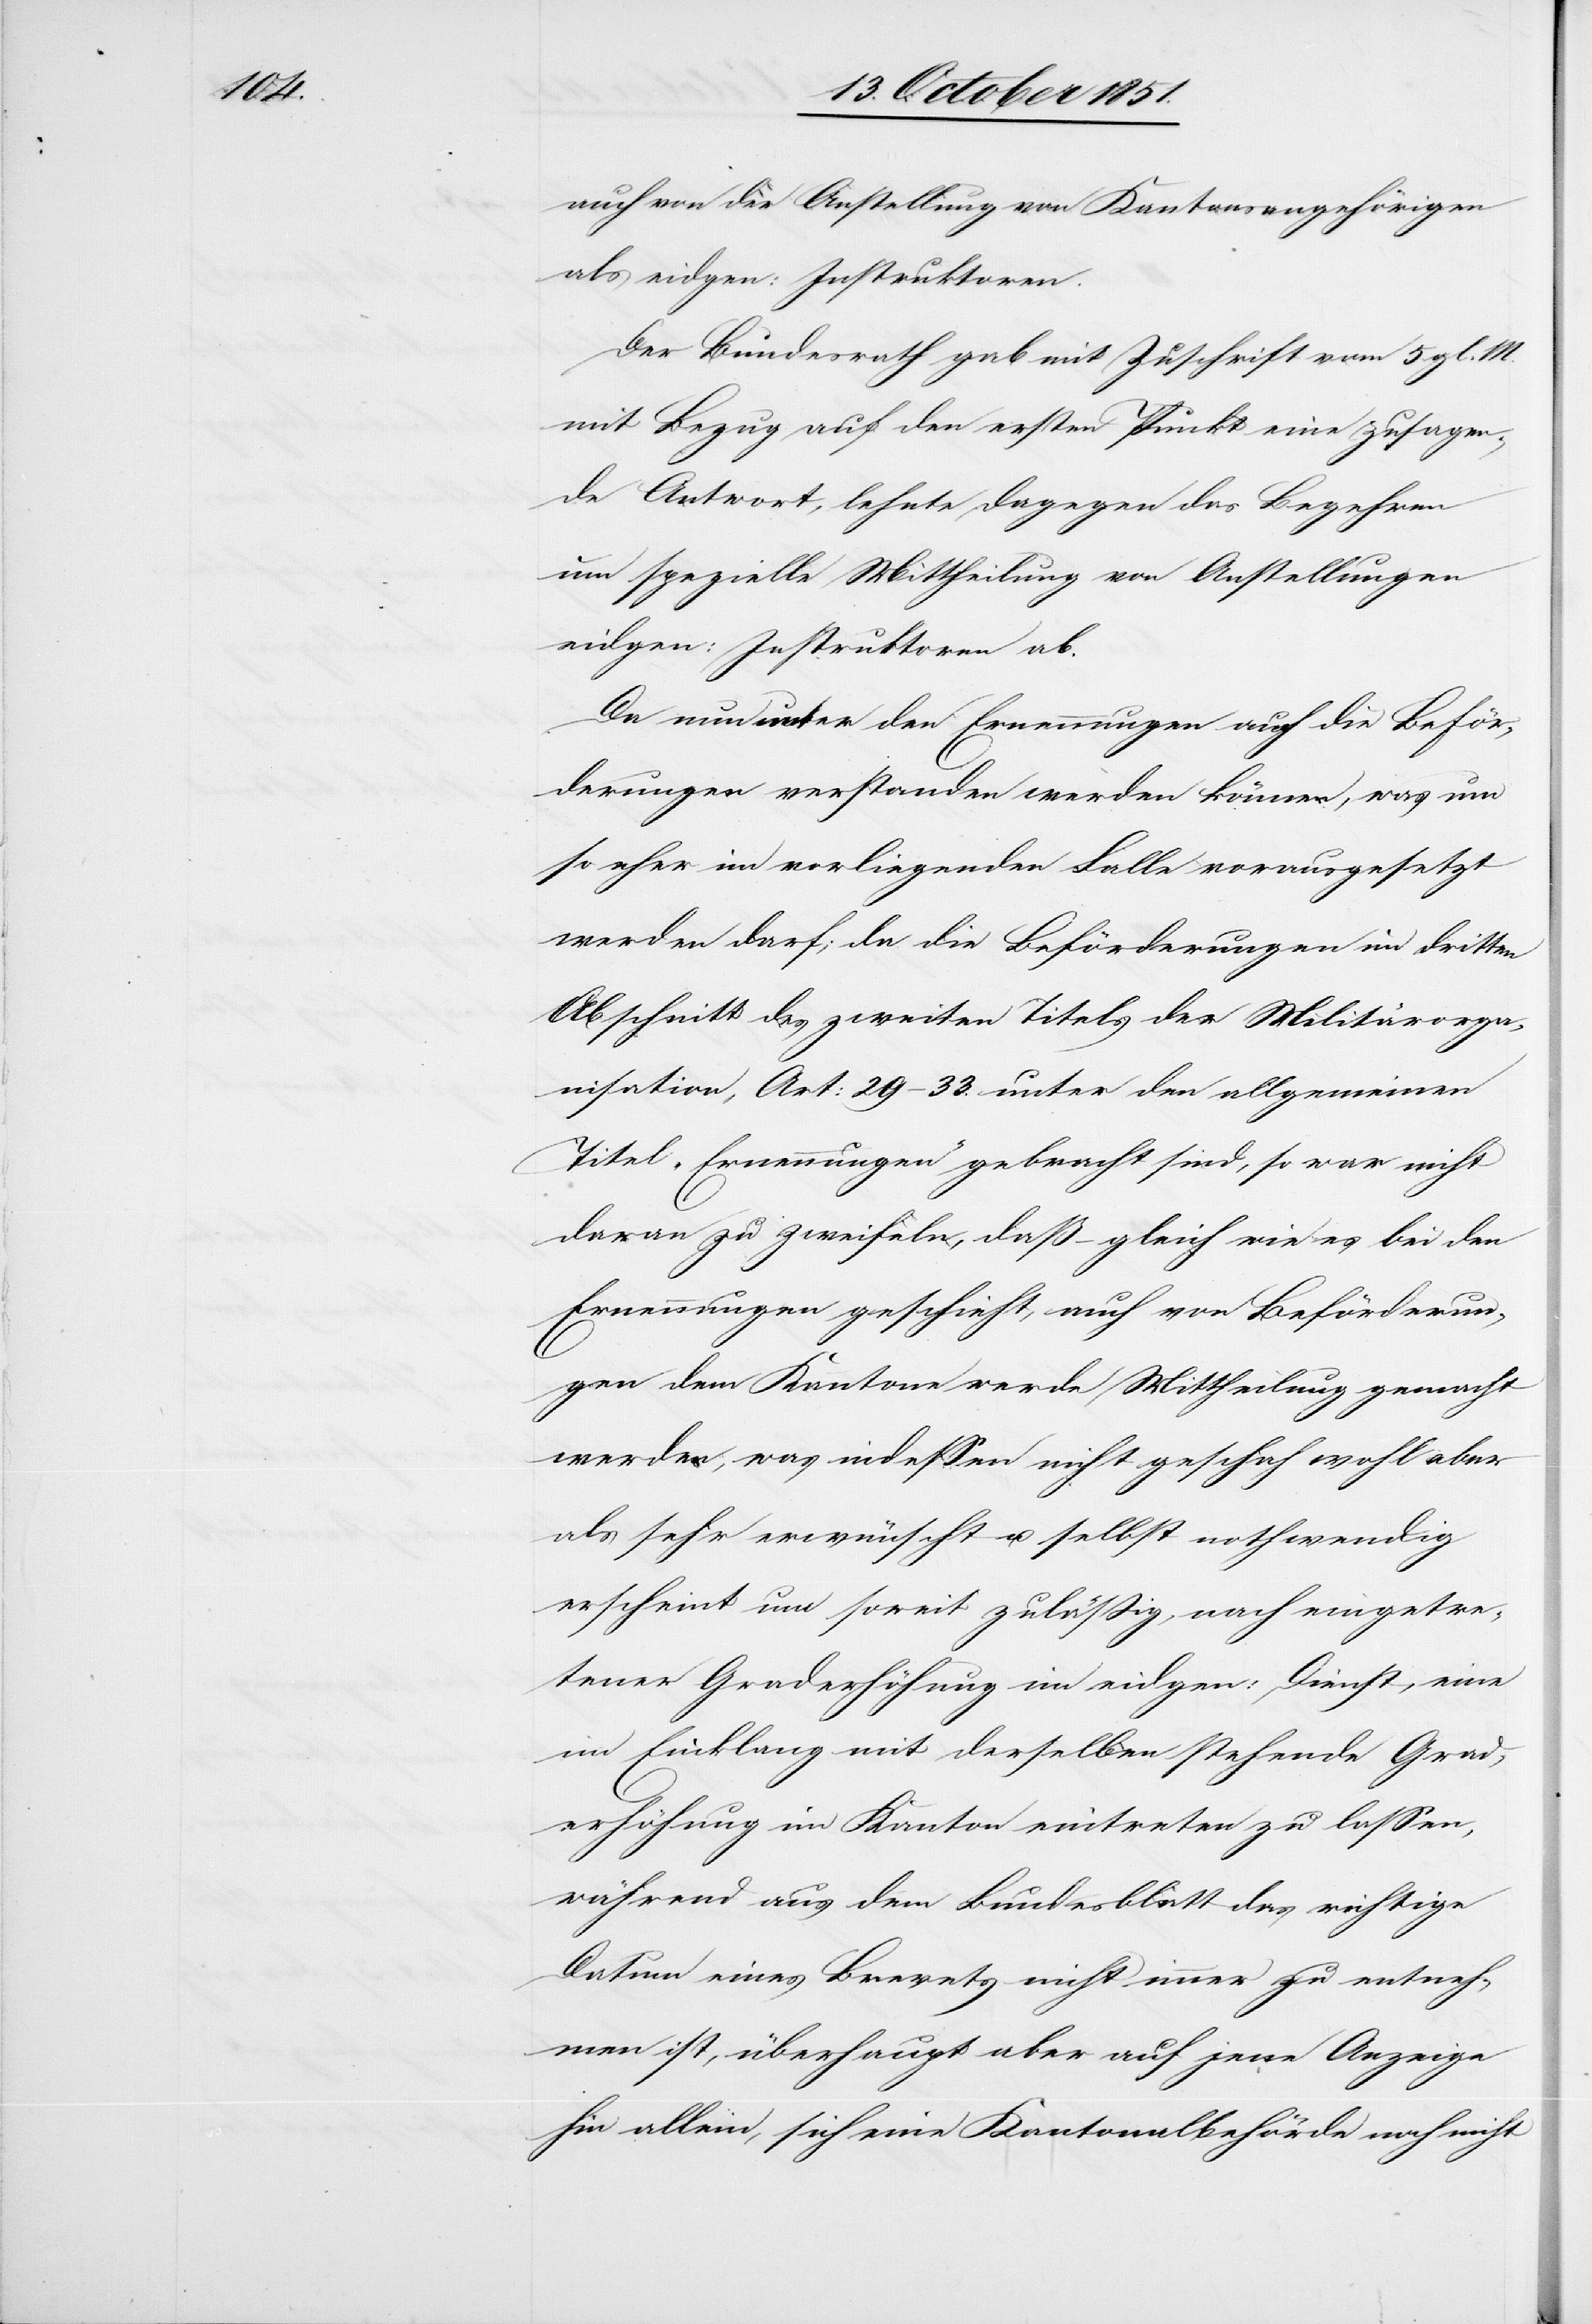
auch von der Anstellung von Kantonsangehörigen
als eidgen: Instruktoren.
Der Bundesrath gab mit Zuschrift vom 5 gl. M.
mit Bezug auf den ersten Punkt eine zusagen¬
de Antwort, lehnte dagegen das Begehren
um spezielle Mittheilung von Anstellungen
eidgen: Instruktoren ab.
Da nun unter den Ernennungen auch die Beför¬
derungen verstanden werden können, was um
so eher im vorliegenden Falle vorausgesetzt
werden darf; da die Beförderungen im dritten
Abschnitt des zweiten Titels der Militärorga¬
nisation, Art: 29–33. unter den allgemeinen
Titel „Ernennungen“ gebracht sind, so war nicht
daran zu zweifeln, daß – gleich wie es bei den
Ernennungen geschieht, auch von Beförderun¬
gen dem Kantone werde Mittheilung gemacht
werden, was indessen nicht geschah wohl aber
als sehr erwünscht u. selbst nothwendig
erscheint um soweit zuläßig, nach eingetre¬
tener Graderhöhung im eidgen: Dienst, eine
im Einklang mit derselben stehende Grad¬
erhöhung im Kanton eintreten zu lassen,
während aus dem Bundesblatt das richtige
Datum eines Brevets nicht immer zu entneh¬
men ist, überhaupt aber auf jene Anzeige
hin allein, sich eine Kantonalbehörde noch nicht